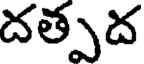
దత్పద